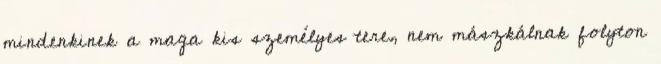
mindenkinek a maga kis személyes tere, nem mászkálnak folyton